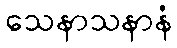
သေနာသနာနံ